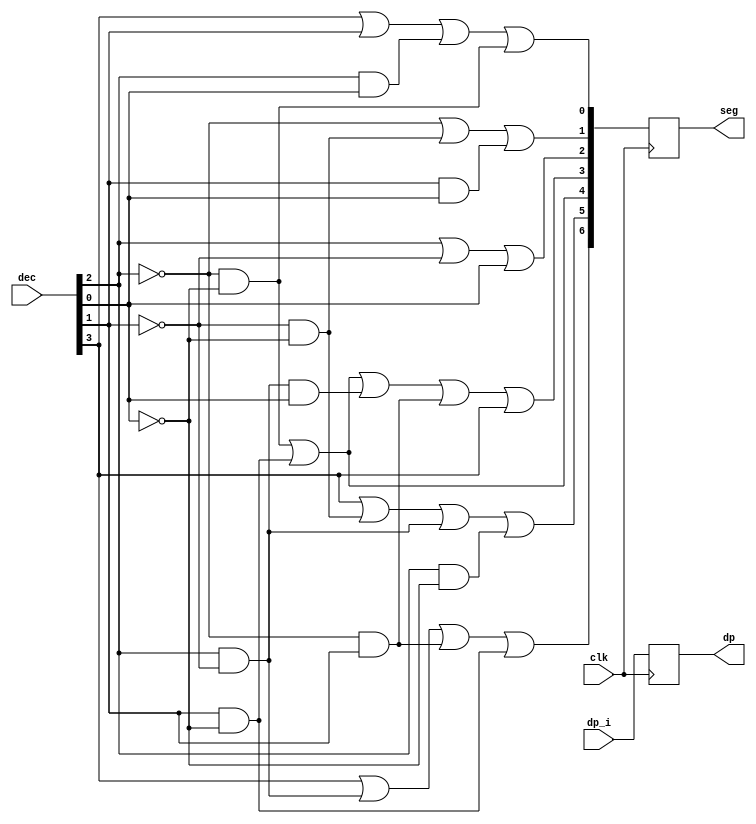
module decode_seg(
    input clk,
    input [3:0] dec,
    input dp_i,
    output reg dp,
	output reg [6:0] seg //Active-high output to the display. Segment a => seg[0], segment b => seg[1], etc.
);

    wire a, b, c, d;

    assign {a,b,c,d} = dec;

    always @(posedge clk) begin
	    seg[0] <=   a |   c | (b & d) | (~b & ~d);
	    seg[1] <=  ~b | (~c & ~d) | (c & d);
	    seg[2] <=   b | ~c  | d;
	    seg[3] <= (~b & ~d) | (c & ~d) | (b & ~c & d) | (~b & c) | a;
	    seg[4] <= (~b & ~d) | (c & ~d);
	    seg[5] <=   a | (~c & ~d) | (b & ~c) | (b & ~d);
	    seg[6] <=   a | ( b & ~c) | (~b & c) | (c & ~d);

        dp <= dp_i;

	    //seg[7] <= {a,b,c,d} >= 10;

        /*
        case(dec)
            0: seg = 7'b1111110;
            1: seg = 7'b0110000;
            2: seg = 7'b1101101;
            3: seg = 7'b1111001;
            4: seg = 7'b0110011;
            5: seg = 7'b1011011;
            6: seg = 7'b1011111;
            7: seg = 7'b1110000;
            8: seg = 7'b1111111;
            9: seg = 7'b1111011; 
           /*
        4'b0000 : seg = 7'h7E;
        4'b0001 : seg = 7'h30;
        4'b0010 : seg = 7'h6D;
        4'b0011 : seg = 7'h79;
        4'b0100 : seg = 7'h33;
        4'b0101 : seg = 7'h5B;
        4'b0110 : seg = 7'h5F;
        4'b0111 : seg = 7'h70;
        4'b1000 : seg = 7'h7F;
        4'b1001 : seg = 7'h7B; 
        default:                
               seg = 8'b00000000;
        endcase

        seg = seg << 1;

        */
    end


/*
	Simulate an ASCII seven-segment display to verify the decoder.
	Example output:

	Input: 5   Input: 6   Input: 7    Input: 8
	 _          _          _           _ 
	|_         |_           |         |_|
	 _|        |_|          |         |_|

*/

//*
	always @(posedge clk) begin	

	//First line: segment a
		if(seg[0])
			$display(" _ ");
		else
			$display("   ");

	//Second line: segments f, g, b
		if(seg[5])
			$write("|");
		else
			$write(" ");

		if(seg[6])
			$write("_");
		else
			$write(" ");

		if(seg[1])
			$display("|");
		else
			$display(" ");

	//Third line: segments e, d, c
		if(seg[4])
			$write("|");
		else
			$write(" ");

		if(seg[3])
			$write("_");
		else
			$write(" ");

		if(seg[2])
			$display("|");
		else
			$display(" ");
	end
//*/

endmodule